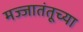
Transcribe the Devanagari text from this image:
मज्जातंतूच्या